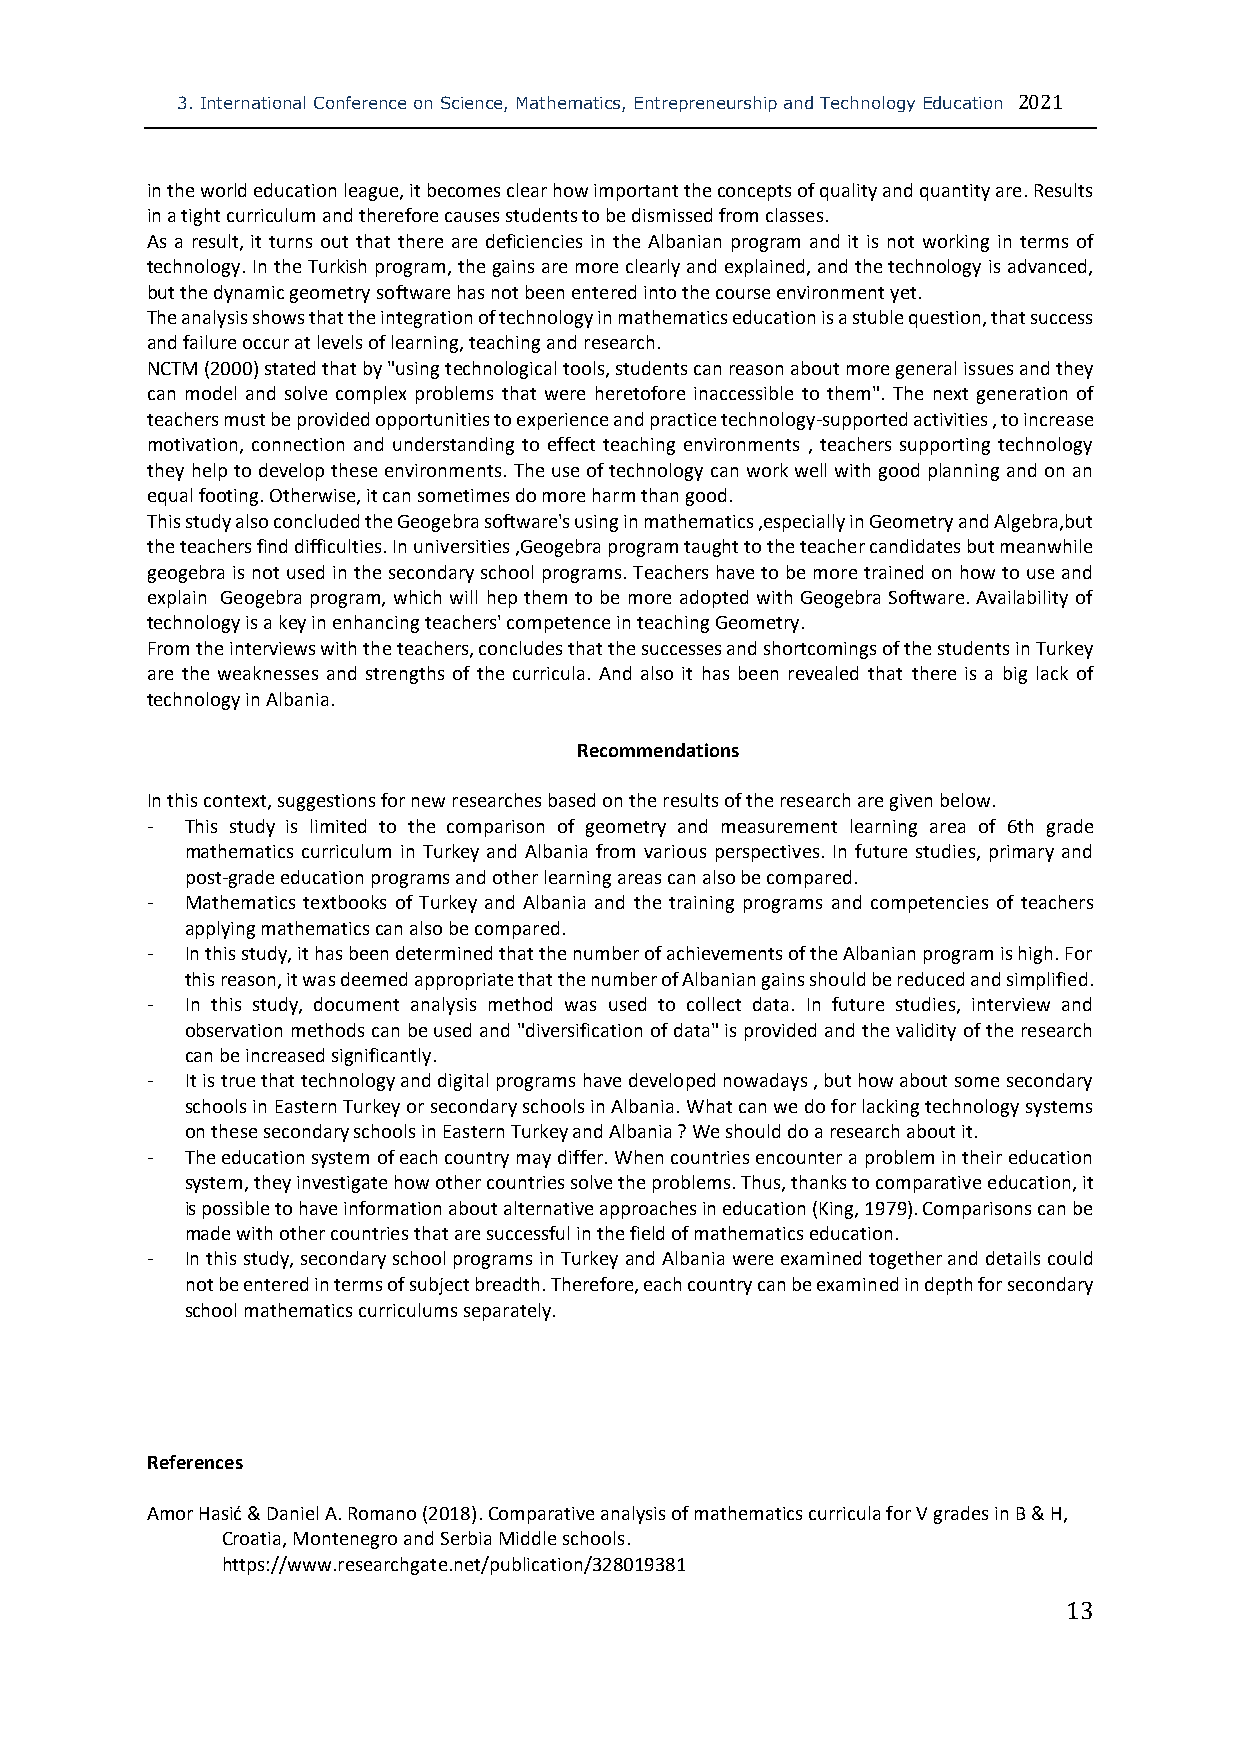
3. International Conference on Science, Mathematics, Entrepreneurship and Technology Education 2021
 in the world education league, it becomes clear how important the concepts of quality and quantity are. Results
 in a tight curriculum and therefore causes students to be dismissed from classes.
 As a result, it turns out that there are deficiencies in the Albanian program and it is not working in terms of
 technology. In the Turkish program, the gains are more clearly and explained, and the technology is advanced,
 but the dynamic geometry software has not been entered into the course environment yet.
 The analysis shows that the integration of technology in mathematics education is a stuble question, that success
 and failure occur at levels of learning, teaching and research.
 NCTM (2000) stated that by "using technological tools, students can reason about more general issues and they
 can model and solve complex problems that were heretofore inaccessible to them". The next generation of
 teachers must be provided opportunities to experience and practice technology-supported activities , to increase
 motivation, connection and understanding to effect teaching environments , teachers supporting technology
 they help to develop these environments. The use of technology can work well with good planning and on an
 equal footing. Otherwise, it can sometimes do more harm than good.
 This study also concluded the Geogebra software's using in mathematics ,especially in Geometry and Algebra,but
 the teachers find difficulties. In universities ,Geogebra program taught to the teacher candidates but meanwhile
 geogebra is not used in the secondary school programs. Teachers have to be more trained on how to use and
 explain Geogebra program, which will hep them to be more adopted with Geogebra Software. Availability of
 technology is a key in enhancing teachers' competence in teaching Geometry.
 From the interviews with the teachers, concludes that the successes and shortcomings of the students in Turkey
 are the weaknesses and strengths of the curricula. And also it has been revealed that there is a big lack of
 technology in Albania.
 Recommendations
 In this context, suggestions for new researches based on the results of the research are given below.
 - This study is limited to the comparison of geometry and measurement learning area of 6th grade
 mathematics curriculum in Turkey and Albania from various perspectives. In future studies, primary and
 post-grade education programs and other learning areas can also be compared.
 - Mathematics textbooks of Turkey and Albania and the training programs and competencies of teachers
 applying mathematics can also be compared.
 - In this study, it has been determined that the number of achievements of the Albanian program is high. For
 this reason, it was deemed appropriate that the number of Albanian gains should be reduced and simplified.
 - In this study, document analysis method was used to collect data. In future studies, interview and
 observation methods can be used and "diversification of data" is provided and the validity of the research
 can be increased significantly.
 - It is true that technology and digital programs have developed nowadays , but how about some secondary
 schools in Eastern Turkey or secondary schools in Albania. What can we do for lacking technology systems
 on these secondary schools in Eastern Turkey and Albania ? We should do a research about it.
 - The education system of each country may differ. When countries encounter a problem in their education
 system, they investigate how other countries solve the problems. Thus, thanks to comparative education, it
 is possible to have information about alternative approaches in education (King, 1979). Comparisons can be
 made with other countries that are successful in the field of mathematics education.
 - In this study, secondary school programs in Turkey and Albania were examined together and details could
 not be entered in terms of subject breadth. Therefore, each country can be examined in depth for secondary
 school mathematics curriculums separately.
 References
 Amor Hasić & Daniel A. Romano (2018). Comparative analysis of mathematics curricula for V grades in B & H,
 Croatia, Montenegro and Serbia Middle schools.
 https://www.researchgate.net/publication/328019381
 13